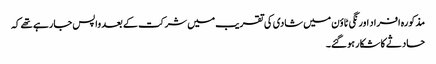
مذکورہ افراد اورنگی ٹاؤن میں شادی کی تقریب میں شرکت کے بعد واپس جارہے تھے کہ
حادثے کا شکار ہوگئے۔